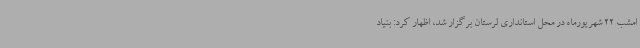
امشب 22 شهریورماه در محل استانداری لرستان برگزار شد، اظهار کرد: بنیاد